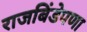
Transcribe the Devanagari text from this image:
राजबिंडेपणा